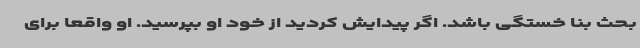
بحث بنا خستگی باشد. اگر پیدایش کردید از خود او بپرسید. او واقعا برای